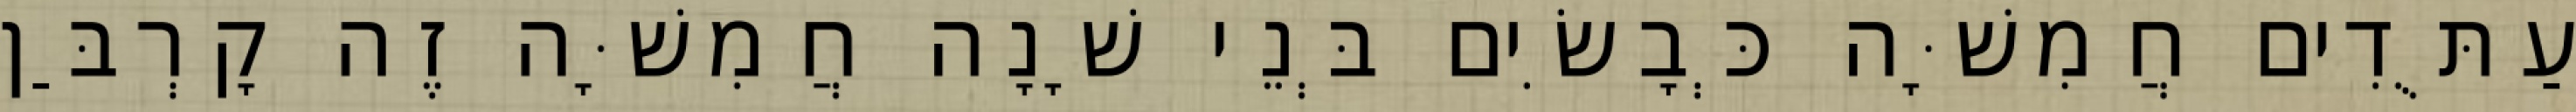
עַתֻּדִים חֲמִשָּׁה כְּבָשִׂים בְּנֵי שָׁנָה חֲמִשָּׁה זֶה קָרְבַּן